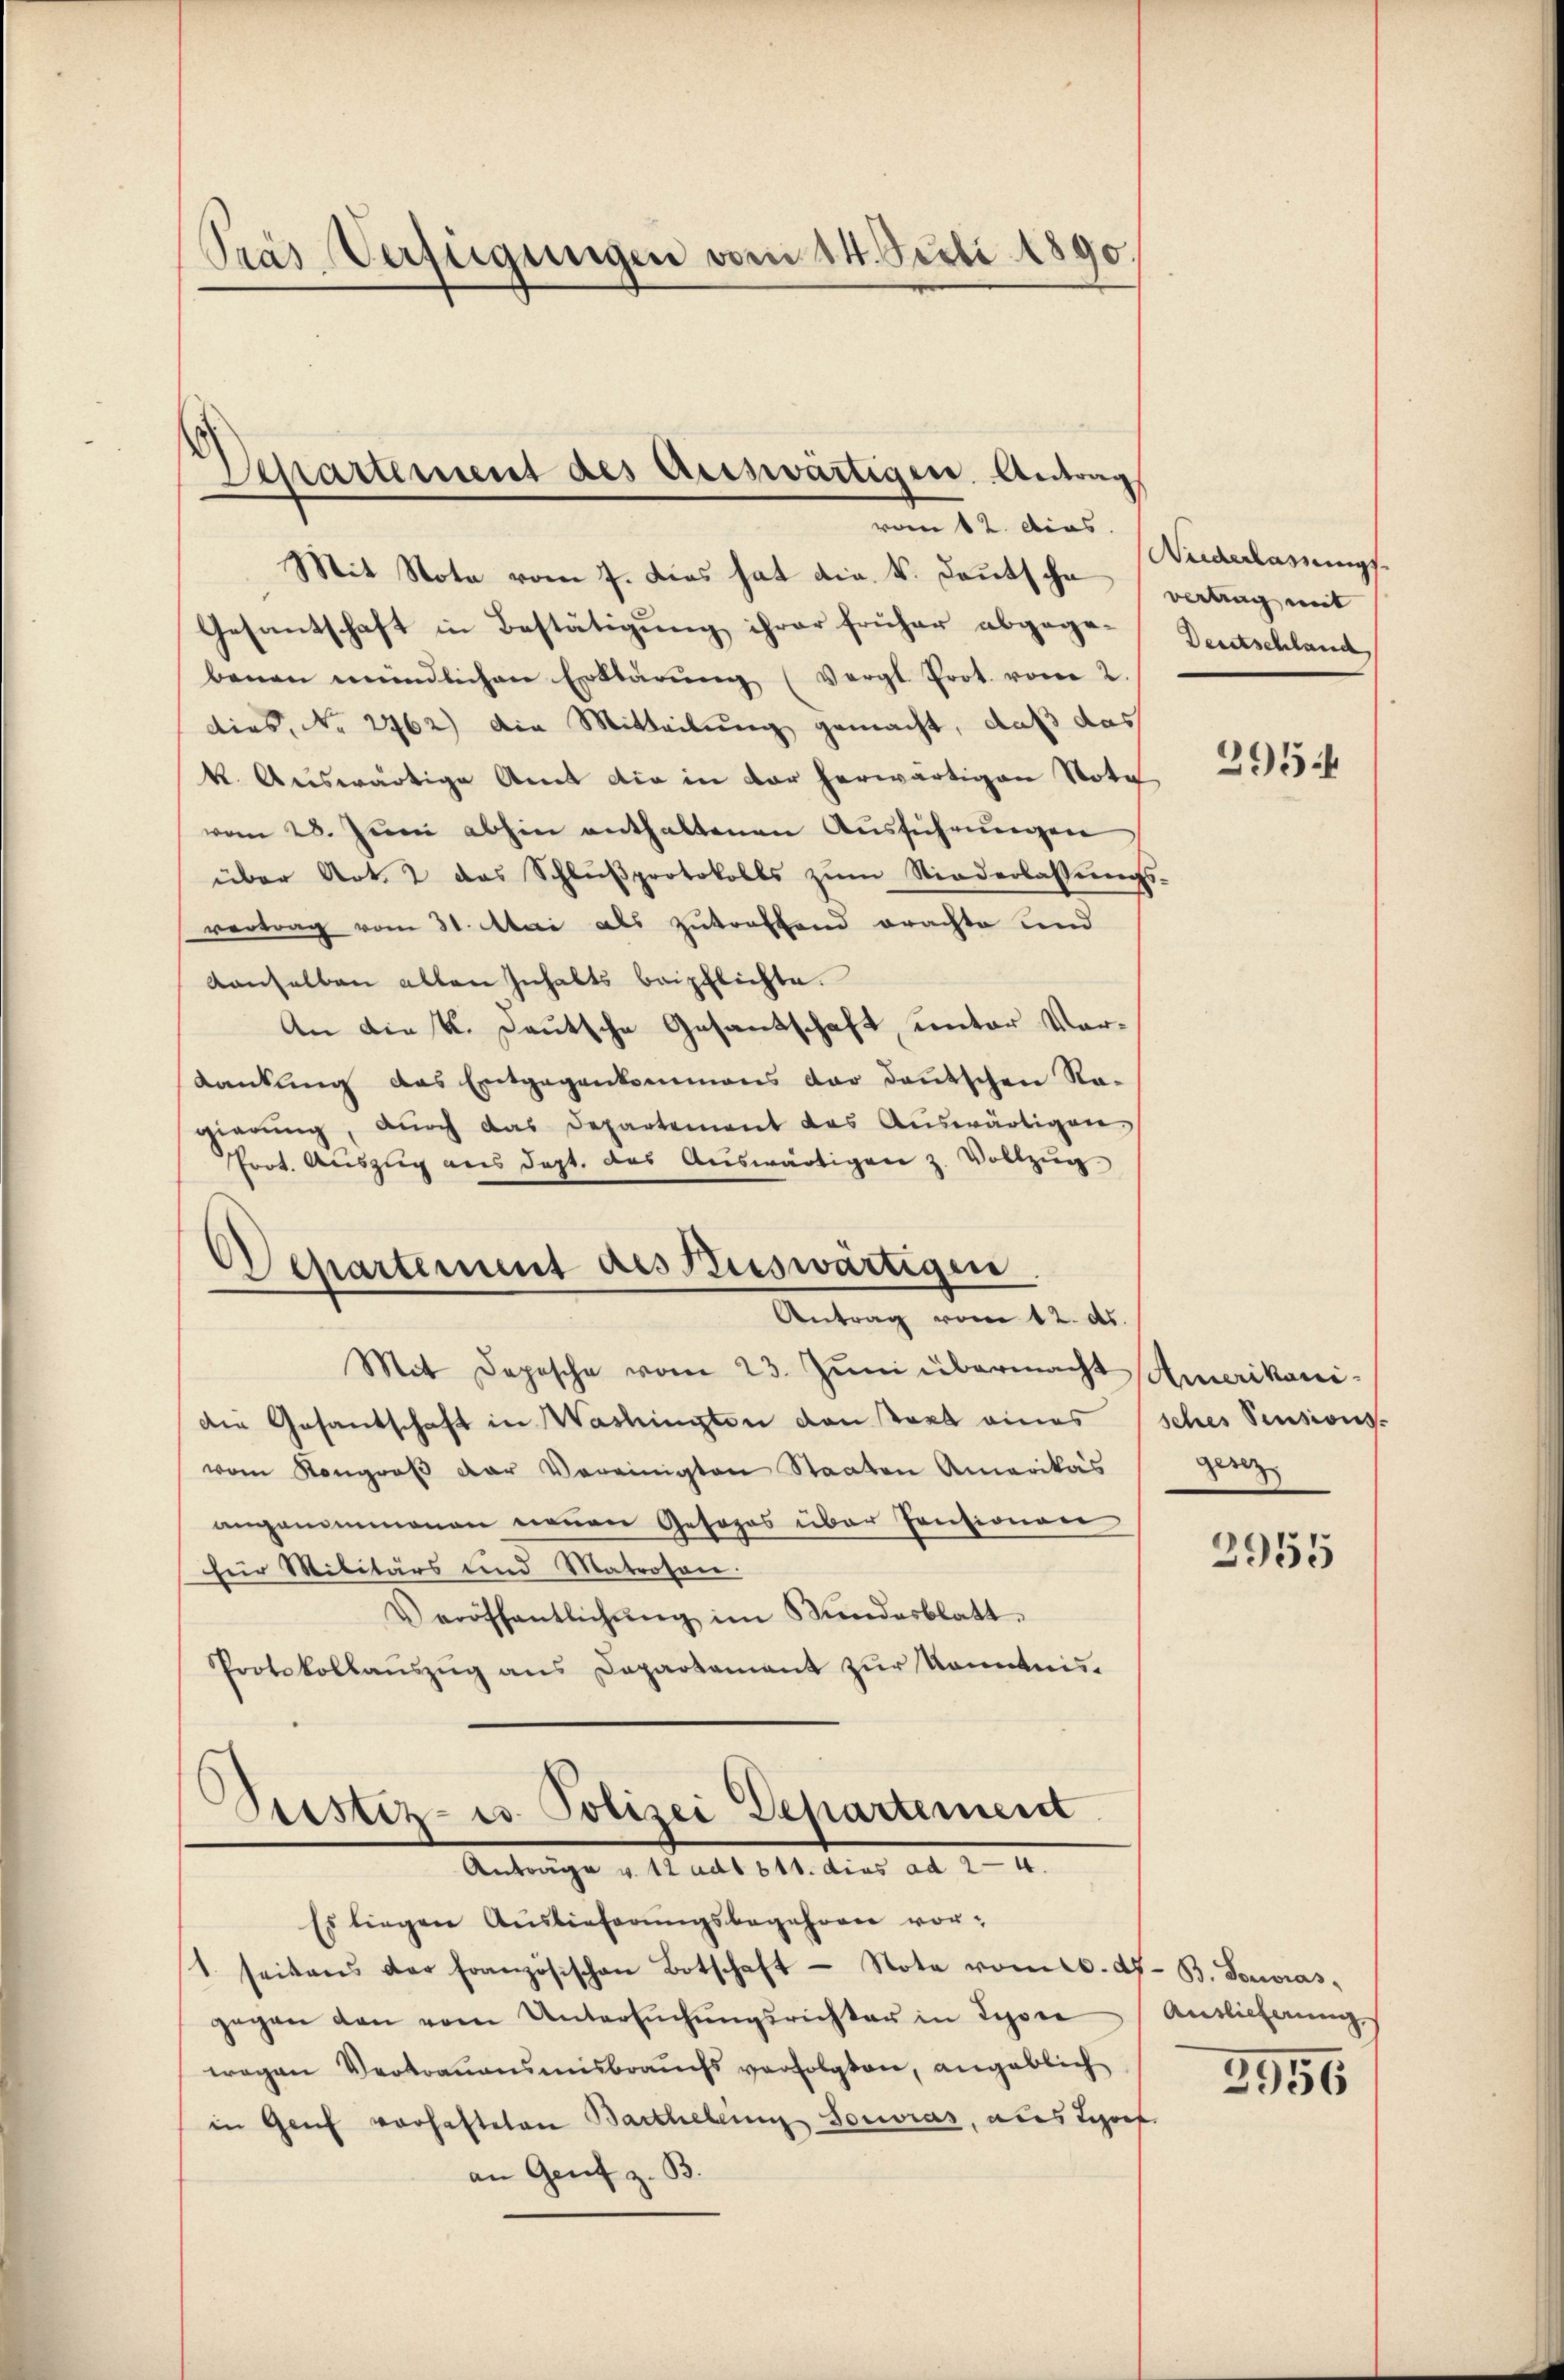
Pras Verfügungen vom 14. Secti 1890.

Departement des Auswärtigen. Antrag
vom 12. dies

Mit Nota vom 7. Dies hat die k. Deutsche
Gesantschaft in Bestätigung ihrer früher abgegebenen mündlichen Erklärŭng (Vergl. Prot. vom 2.
dies, No 262) die Mitteilung gemacht, daß das
k. Auswärtige Amt die in vor herwärtigen Note
vom 28. Jŭni abhin enthaltenen Aŭsführŭngen
über Art. 2 das Schlußprotokolls zum Niederlassungs
vertrag vom 31. Mai als zutreffend erachte und
denselben allen Inhalts beipflichte.
An die K. Deutsche Gesantschaft, unter Vordankung das Entgegenkommens dar deutschen Ra-
gierŭng, dŭrch das Departement das Aŭswärtigen
Prot. Auszug aus dept. das Auswärtigen z. Vollzug
Separtement des Auswärtigen
Antrag vom 12. ds.
Mit Depesche vom 23. Juni übermacht Amerikani-
Die Gesandschaft in Washingten den tart eines
vom Kongroβ der Vereinigten Staaten Amerikas ganz
angenommenen nennen Gesopos über Pensionenr
für Militärs und Matrosen.
Veröffentlichŭng im Mindesblatt.
Protokollauszug aus Departement zur Kenntnis.

Prestiz- u. Polizei Departement
Anträge v. 12 ad1. 511. dies ad 24

Es liegen Auslieferungsbegehren vor¬
1. seitens der Französischen Botschaft - Note vom 10. ds. B. Souvras,
gegen den vom Untersŭchŭngsrichter in Lyone
wegen Vertrauensmisbrauchs verfolgten, angeblich
in Genf vorhafteten Barthelling Souvras, aus Looef
an Genf z. B.

Nuderlassungs
vertrag mit
Deutschland

2954

sches Pensions-

2955

Auslieferung.

3956